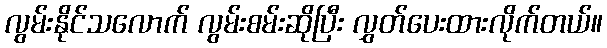
လွမ်းနိုင်သလောက် လွမ်းစမ်းဆိုပြီး လွှတ်ပေးထားလိုက်တယ်။